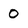
Character: 0